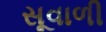
સૂવાળી